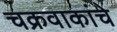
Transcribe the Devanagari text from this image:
चक्रवाकांचे